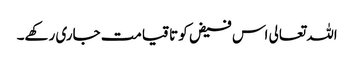
اللہ تعالی اس فیض کو تا قیامت جاری رکھے۔